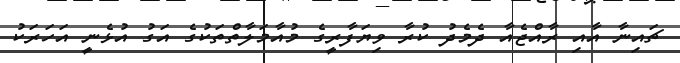
ޗައިނާ އާއި ރާއްޖެއާ ދެމެދު ކުރާ ވިޔަފާރީގެ މުއާމަލާތްތަކުގެ އަގު އުޅެނީ އަހަރަކު